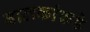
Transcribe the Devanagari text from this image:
बालकांकडे